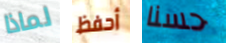
لماذا أحفظ حسنا